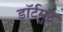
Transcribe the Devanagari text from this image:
डॉर्टमुंट